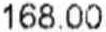
168.00